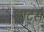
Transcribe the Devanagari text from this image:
शार्ट्स